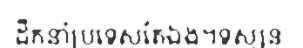
ដឹកនាំប្រទេសតែឯង។ទស្សនៈ